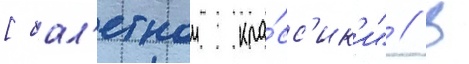
[бал'етнои кла́сс'ик'и" // В